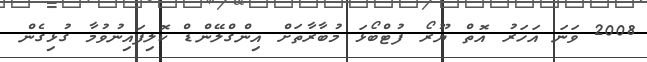
2008 ވަނަ އަހަރު އޮތް ޔޫރޯ ފުޓްބޯޅަ މުބާރާތަށް އިންގްލޭންޑް ކޮލިފައިނުވުމާ ގުޅިގެން